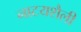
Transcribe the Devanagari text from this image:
नाटयशैली